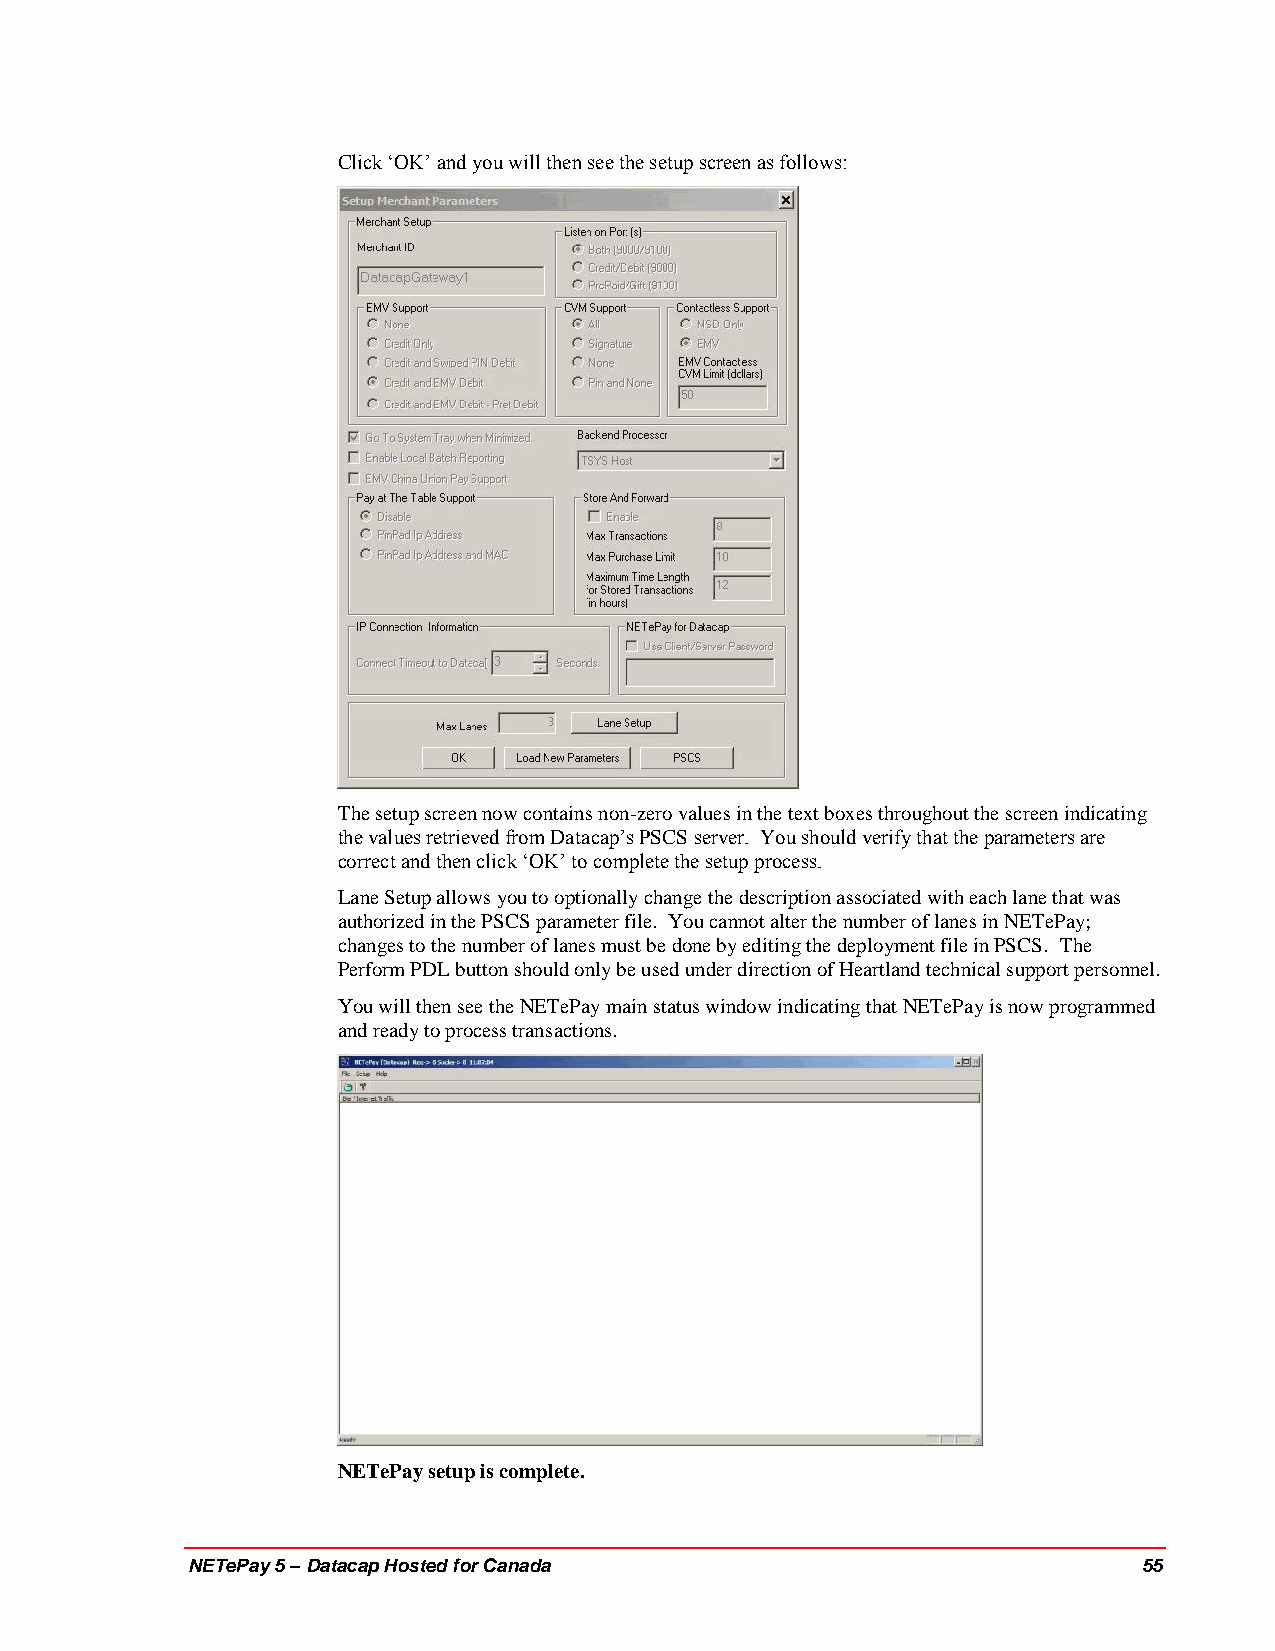
Click ‘OK’ and you will then see the setup screen as follows:
 The setup screen now contains non-zero values in the text boxes throughout the screen indicating
 the values retrieved from Datacap’s PSCS server. You should verify that the parameters are
 correct and then click ‘OK’ to complete the setup process.
 Lane Setup allows you to optionally change the description associated with each lane that was
 authorized in the PSCS parameter file. You cannot alter the number of lanes in NETePay;
 changes to the number of lanes must be done by editing the deployment file in PSCS. The
 Perform PDL button should only be used under direction of Heartland technical support personnel.
 You will then see the NETePay main status window indicating that NETePay is now programmed
 and ready to process transactions.
 NETePay setup is complete.
 NETePay 5 – Datacap Hosted for Canada                           55